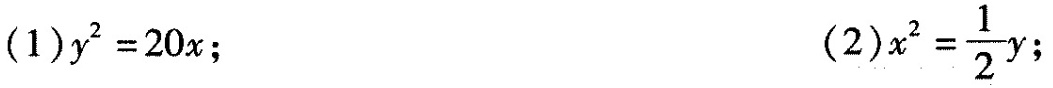
(1) $$y^{2} = 2 0 x； (2) $$x^{2} = \frac{1}{2} y$$；